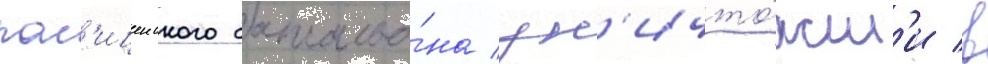
пол'ицеиского батальо́на ун'ичто́жил'и в